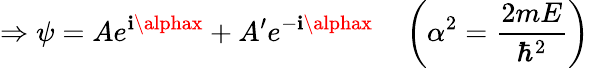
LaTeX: \Rightarrow\psi=Ae^{\mathbf{i}\alphax}+A^{\prime}e^{-\mathbf{i}\alphax}\quad\left(\alpha^{2}={\frac{{2mE}}{{\hbar^{2}}}}\right)